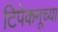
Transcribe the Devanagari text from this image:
टिपेकनूच्या